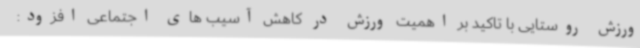
ورزش روستایی با تاکید بر اهمیت ورزش در کاهش آسیب های اجتماعی افزود: